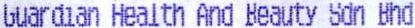
GUARDIAN HEALTH AND BEAUTY SDN BHD